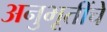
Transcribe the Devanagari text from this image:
अनुभूतींचे